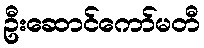
ဦးဆောင်ကော်မတီ